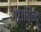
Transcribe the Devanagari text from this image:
अंधबिन्दु